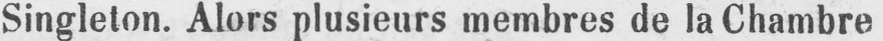
Singleton. Alors plusieurs membres de la Chambre